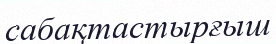
сабақтастырғыш